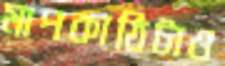
মাপকাঠিটাও